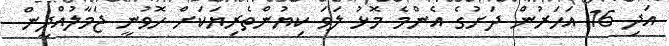
އަދި 16 އަހަރުން ދަށުގެ އެންމެ މޮޅު ލަވަ ކިޔުންތެރިޔަކަށް ހޮވުނީ ޖަމާލުއްދީން